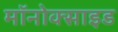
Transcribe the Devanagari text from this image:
मॉनोक्साइड